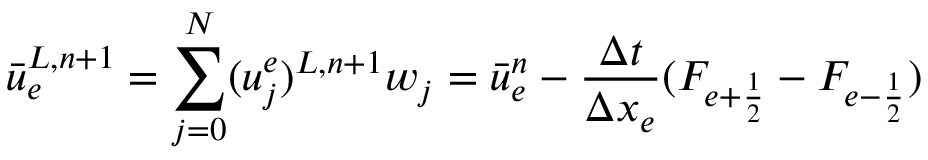
\bar { u } _ { e } ^ { L , n + 1 } = \sum _ { j = 0 } ^ { N } ( u _ { j } ^ { e } ) ^ { L , n + 1 } w _ { j } = \bar { u } _ { e } ^ { n } - \frac { \Delta t } { \Delta x _ { e } } ( F _ { e + \frac { 1 } { 2 } } - F _ { e - \frac { 1 } { 2 } } )